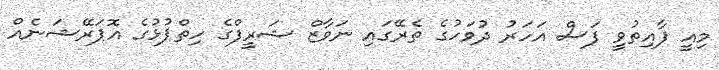
މިއީ ފާއިތުވީ ފަސް އަހަރު ދުވަހުގެ ތެރޭގައި ނަވާޒް ޝަރީފްގެ ހިތްޕުޅުގެ އޮޕަރޭޝަނެއް